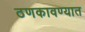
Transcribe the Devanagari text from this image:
ठणकावण्यात